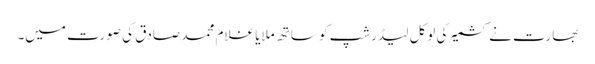
بھارت نے کشمیر کی لوکل لیڈرشپ کو ساتھ ملایا غلام محمد صادق کی صورت میں۔